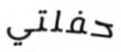
حفلتي